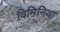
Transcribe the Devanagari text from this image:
विमिनिया